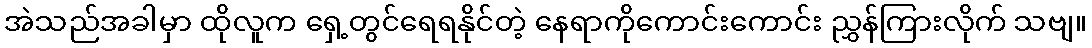
အဲသည်အခါမှာ ထိုလူက ရှေ့တွင်ရေရနိုင်တဲ့ နေရာကိုကောင်းကောင်း ညွှန်ကြားလိုက် သဗျ။